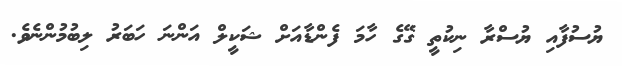
ޔުސުފާއި ޔުސްރާ ނިކުތީ ގޭގެ ހާމަ ފެންޑާއަށް ޝަކީލް އަންނަ ހަބަރު ލިބުމުންނެވެ.